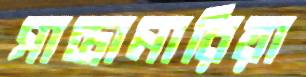
সান্তামারিয়া